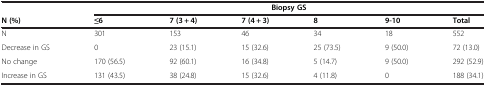
<table><thead><tr><td><b> </b></td><td colspan="6"><b>Biopsy GS</b></td></tr><tr><td><b>N (%)</b></td><td><b>≤6</b></td><td><b>7 (3 + 4)</b></td><td><b>7 (4 + 3)</b></td><td><b>8</b></td><td><b>9-10</b></td><td><b>Total</b></td></tr></thead><tbody><tr><td>N</td><td>301</td><td>153</td><td>46</td><td>34</td><td>18</td><td>552</td></tr><tr><td>Decrease in GS</td><td>0</td><td>23 (15.1)</td><td>15 (32.6)</td><td>25 (73.5)</td><td>9 (50.0)</td><td>72 (13.0)</td></tr><tr><td>No change</td><td>170 (56.5)</td><td>92 (60.1)</td><td>16 (34.8)</td><td>5 (14.7)</td><td>9 (50.0)</td><td>292 (52.9)</td></tr><tr><td>Increase in GS</td><td>131 (43.5)</td><td>38 (24.8)</td><td>15 (32.6)</td><td>4 (11.8)</td><td>0</td><td>188 (34.1)</td></tr></tbody></table>